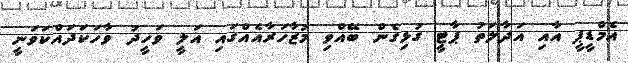
އެމްޑީޕީ އާއި އަދާލަތު ޕާޓީ ގުޅިގެން ބޭއްވި މުޒާހަރާއެއްގައި އަލީ ވަހީދު ވާހަކަދައްކަވަނީ